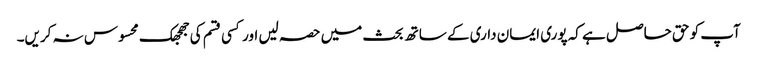
آپ کو حق حاصل ہے کہ پوری ایمان داری کے ساتھ بحث میں حصہ لیں اور کسی قسم کی جھجھک محسوس نہ کریں۔